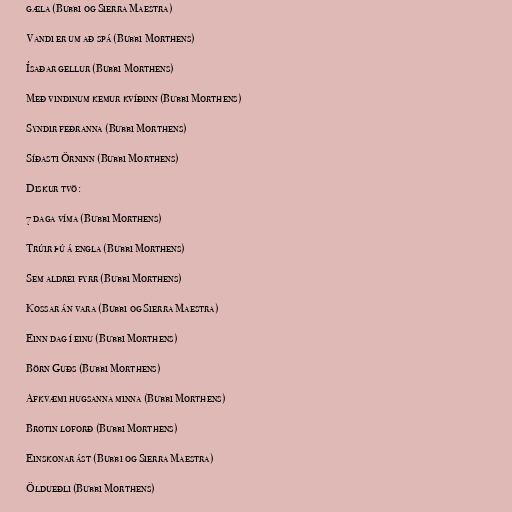
gæla (Bubbi og Sierra Maestra)

Vandi er um að spá (Bubbi Morthens)

Ísaðar gellur (Bubbi Morthens)

Með vindinum kemur kvíðinn (Bubbi Morthens)

Syndir feðranna (Bubbi Morthens)

Síðasti Örninn (Bubbi Morthens)

Diskur tvö:

7 daga víma (Bubbi Morthens)

Trúir þú á engla (Bubbi Morthens)

Sem aldrei fyrr (Bubbi Morthens)

Kossar án vara (Bubbi og Sierra Maestra)

Einn dag í einu (Bubbi Morthens)

Börn Guðs (Bubbi Morthens)

Afkvæmi hugsanna minna (Bubbi Morthens)

Brotin loforð (Bubbi Morthens)

Einskonar ást (Bubbi og Sierra Maestra)

Öldueðli (Bubbi Morthens)